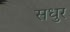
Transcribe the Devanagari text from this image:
सधुर